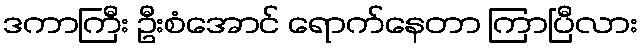
ဒကာကြီး ဦးစံအောင် ရောက်နေတာ ကြာပြီလား